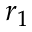
r _ { 1 }